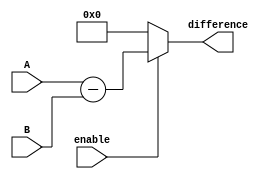
module ripple_carry_subtractor (
    input [3:0] A,
    input [3:0] B,
    input enable,
    output [3:0] difference
);

    assign difference = enable ? A - B : 4'b0;

endmodule